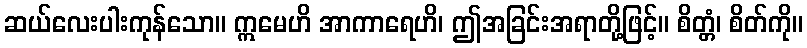
ဆယ်လေးပါးကုန်သော။ ဣမေဟိ အာကာရေဟိ၊ ဤအခြင်းအရာတို့ဖြင့်။ စိတ္တံ၊ စိတ်ကို။